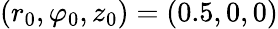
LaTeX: (r_{0},\varphi_{0},z_{0})=(0.5,0,0)